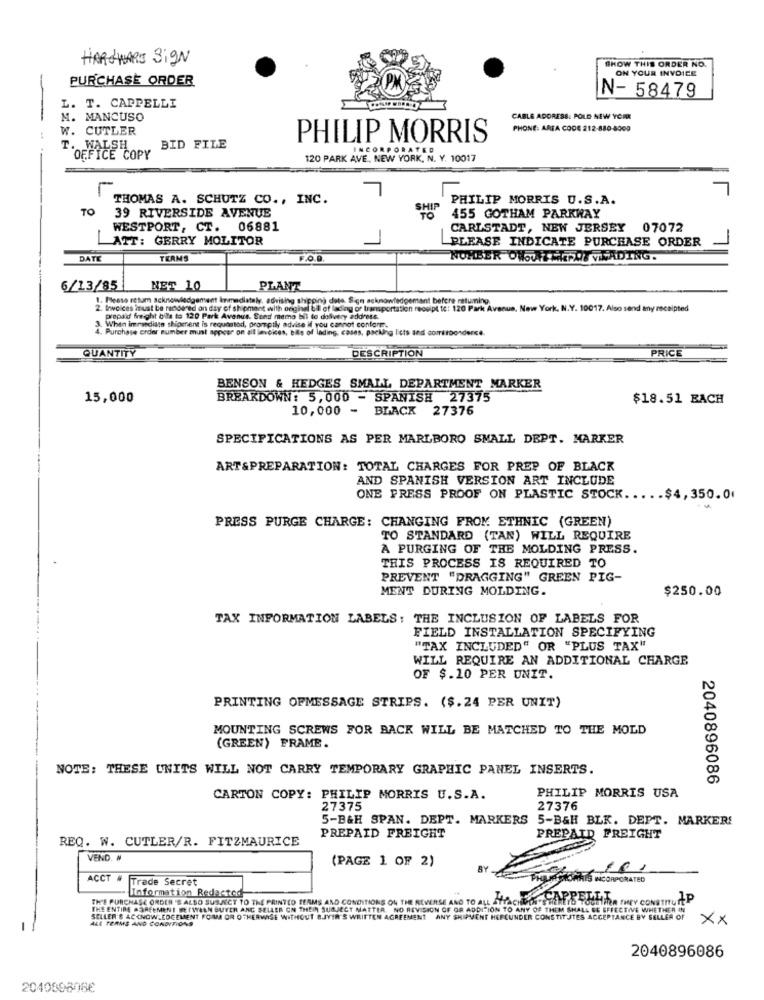
HARDWARE Sign
SHOW THIS ORDER NO.
ON YOUR INVOICE
PURCHASE ORDER
N- 58479
-
L. T. CAPPELLI
M. MANCUSO
CABLE ADORESS: POLD NEW YORK
W. CUTLER
PHONE: AREA CODE 212-880-4009
PHILIP MORRIS
T. WALSH
BID FILE
INCORPORATED
OFFICE COPY
120 PARK AVE, NEW YORK, N. Y. 10017
7
THOMAS A. SCHUTZ CO ., INC.
PHILIP MORRIS U.S.A.
TO
SHIP
39 RIVERSIDE AVENUE
455 GOTHAM PARKWAY
WESTPORT, CT. 06881
CARLSTADT, NEW JERSEY
07072
ATT: GERRY MOLITOR
PLEASE INDICATE PURCHASE ORDER
DATE
TERMS
NUMBER ONOWATHEPAS VIVADING.
6/13/85
NET 10
PLANT
1. Please retum acknowledgement Inmediataly, advising shipping date. Sign acknowledgement before ratuming.
Invoices imust be rendered on day of shipment with onginel bil of lading of transportation receipt to: 120 Park Avenue, New York, N.Y. 10017. Also send any receipted
prepaid freight bits to 120 Park Avenue. Send memo bil to delivery address.
4. Purchase order number must appear on all invoices, bite of lading, cases, packing lists and comitbonderce.
3. When immediato shipment is requested, promptly advise if you cannot conform.
DESCRIPTION
PRICE
QUANTITY
BENSON & HEDGES SMALL DEPARTMENT MARKER
15,000
BREAKDOWN: 5,000 - SPANISH 27375
$18.51 BACH
10,000 -
BLACK 27376
SPECIFICATIONS AS PER MARLBORO SMALL DEPT. MARKER
ART&PREPARATION: TOTAL CHARGES FOR PREP OF BLACK
AND SPANISH VERSION ART INCLUDE
ONE PRESS PROOF ON PLASTIC STOCK ..... $4,350.0
PRESS PURGE CHARGE: CHANGING FROM ETHNIC (GREEN)
TO STANDARD (TAN) WILL REQUIRE
A PURGING OF THE MOLDING PRESS.
THIS PROCESS IS REQUIRED TO
PREVENT "DRAGGING" GREEN PIG-
MENT DURING MOLDING.
$250.00
TAX INFORMATION LABELS: THE INCLUSION OF LABELS FOR
FIELD INSTALLATION SPECIFYING
"TAX INCLUDED" OR "PLUS TAX"
WILL REQUIRE AN ADDITIONAL CHARGE
OF $.10 PER UNIT.
PRINTING OFMESSAGE STRIPS. ($.24 PER UNIT)
MOUNTING SCREWS FOR BACK WILL BE MATCHED TO THE MOLD
(GREEN) FRAME.
NOTE: THESE UNITS WILL NOT CARRY TEMPORARY GRAPHIC PANEL INSERTS.
2040896086
CARTON COPY: PHILIP MORRIS U.S.A.
PHILIP MORRIS USA
27375
27376
5-B&H SPAN. DEPT. MARKERS 5-B&H BLK. DEPT. MARKER!
REQ. W. CUTLER/R. FITZMAURICE
PREPAID FREIGHT
PREPAID FREIGHT
VEND. #
(PAGE 1 OF 2)
BY
ACCT #
Trade Secret
PHILJE SOARES INCORPORATED
TH'E PURCHASE ORDER 'S ALSO SUBJECT TO THE PRINTED TERMS AND CONDITIONS ON THE REVERSE AND TO ALL ATTACHUTH'S HERETO TOUTTMA THEY CONSTITUTE
Information Redacted
APPELLI.
THE ENTIRE AGREEMENT BETWEEN BUYER ANC SELLER ON THEIN SUBJECT MATTER. NO REVISION OF OR ADDITION TO ANY OF THEM SHALL BE EFFECTIVE WHETHER IN
ALL TERMS AND CONDITIONS
SELLER'S ACKNOWLEDGEMENT FOIMA OR OTHERWISE WITHOUT BJYIR'S WRITTEN AGREEMENT ANY SHIPMENT HEFEUNDER CONSTITUTES ACCEPTANCE BY SELLER OF
Xx
2040896086
204089808€